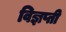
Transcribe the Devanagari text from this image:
विज्ञप्ती